Annual report on the working of the mental hospitals in the Madras Presidency - 1912-1932
Year: 1912
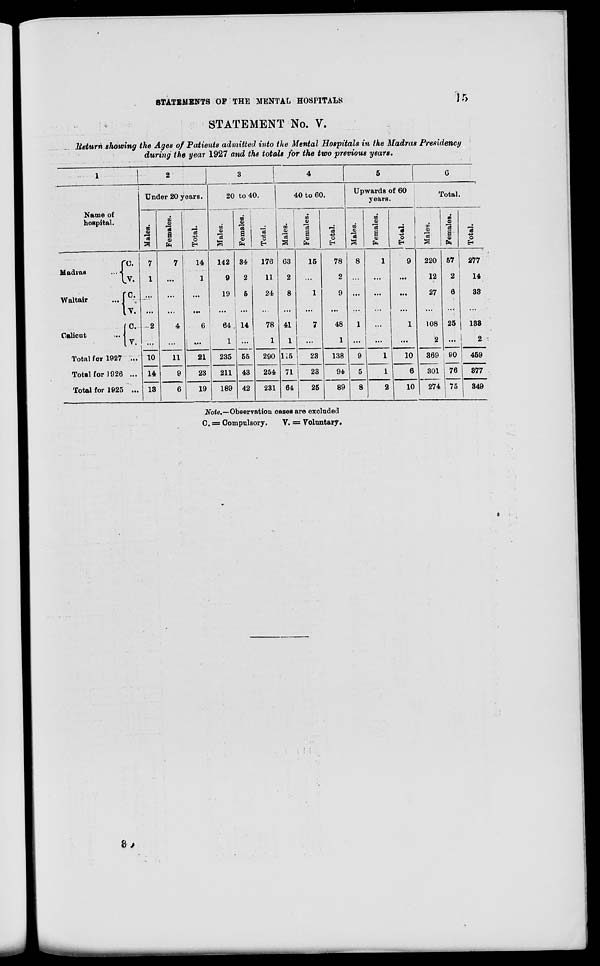
STATEMENTS OF THE MENTAL HOSPITALS
15
STATEMENT No. V.
Return showing the Ages of Patients admitted into the Mental Hospitals in the Madras
Presidency
during the year 1927 and the totals for the two previous
years.
1
Name of
hospital.
Madras
...
Waltair
...
Calicut ...
C.
V.
C.
V.
C.
V.
Total for 1927 ...
Total for 1926 ...
Total for 1925 ...
2
Under 20 years.
Males.
7
1
...
...
2
...
10
14
13
Females.
7
...
...
...
4
...
11
9
6
Total.
14
1
...
...
6
....
21
23
19
3
20 to 40.
Males.
142
9
19
...
64
1
235
211
189
Females.
34
2
5
...
14
...
55
43
42
Total.
176
11
24
...
78
1
290
254
231
4
40 to 60.
Males.
63
2
8
...
41
1
115
71
64
Females.
15
...
1
...
7
...
23
23
25
Total.
78
2
9
...
48
1
138
94
89
5
Upwards of 60
years.
Males.
8
...
...
...
1
...
9
5
8
Females.
1
...
...
...
...
...
1
1
2
Total.
9
...
...
...
1
...
10
6
10
6
Total.
Males.
220
12
27
...
108
2
369
301
274
Females.
57
2
6
...
25
...
90
76
75
Total.
277
14
33
...
133
2
459
377
349
Note.—Observation cases are excluded
C. = Compulsory.
V. = Voluntary.
3